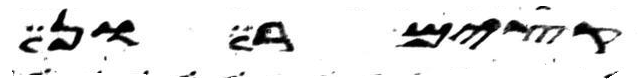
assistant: בקי בן